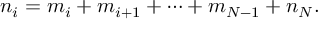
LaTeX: n _ { i } = m _ { i } + m _ { i + 1 } + \cdots + m _ { N - 1 } + n _ { N } .